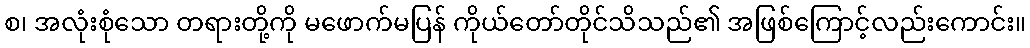
စ၊ အလုံးစုံသော တရားတို့ကို မဖောက်မပြန် ကိုယ်တော်တိုင်သိသည်၏ အဖြစ်ကြောင့်လည်းကောင်း။